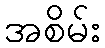
အစိမ်း